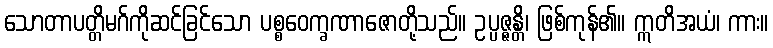
သောတာပတ္တိမဂ်ကိုဆင်ခြင်သော ပစ္စဝေက္ခဏာဇောတို့သည်။ ဥပ္ပဇ္ဇန္တိ၊ ဖြစ်ကုန်၏။ ဣတိအယံ၊ ကား။